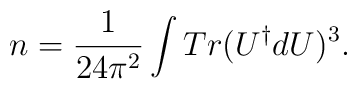
n = \frac{1}{24 \pi^2} \int Tr(U^{\dagger}dU)^3 .